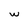
Character: w